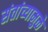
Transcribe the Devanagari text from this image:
संतांच्यामुळे